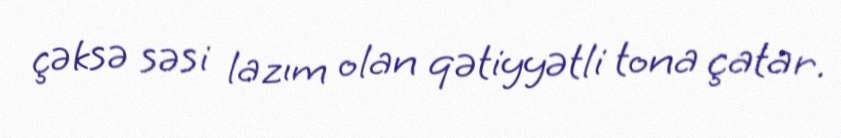
çəksə səsi lazım olan qətiyyətli tona çatar.